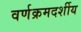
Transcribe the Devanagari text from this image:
वर्णक्रमदर्शीय